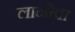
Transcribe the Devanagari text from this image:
लानोवा